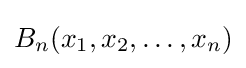
B_{n}(x_{1},x_{2},\dots ,x_{n})